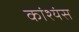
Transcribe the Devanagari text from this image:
कांश्यंस